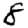
Digit: 8